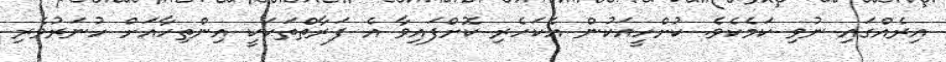
އިރެއްގައި ނުވި ކަމެކެވެ. ކުށްހީއަކުން އެކަހެރި ކޮށްފައިވާ އެ ފަރާތްތަކަކީ އިންތިހާއަށް ހުނަރުވެރި